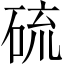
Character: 硫